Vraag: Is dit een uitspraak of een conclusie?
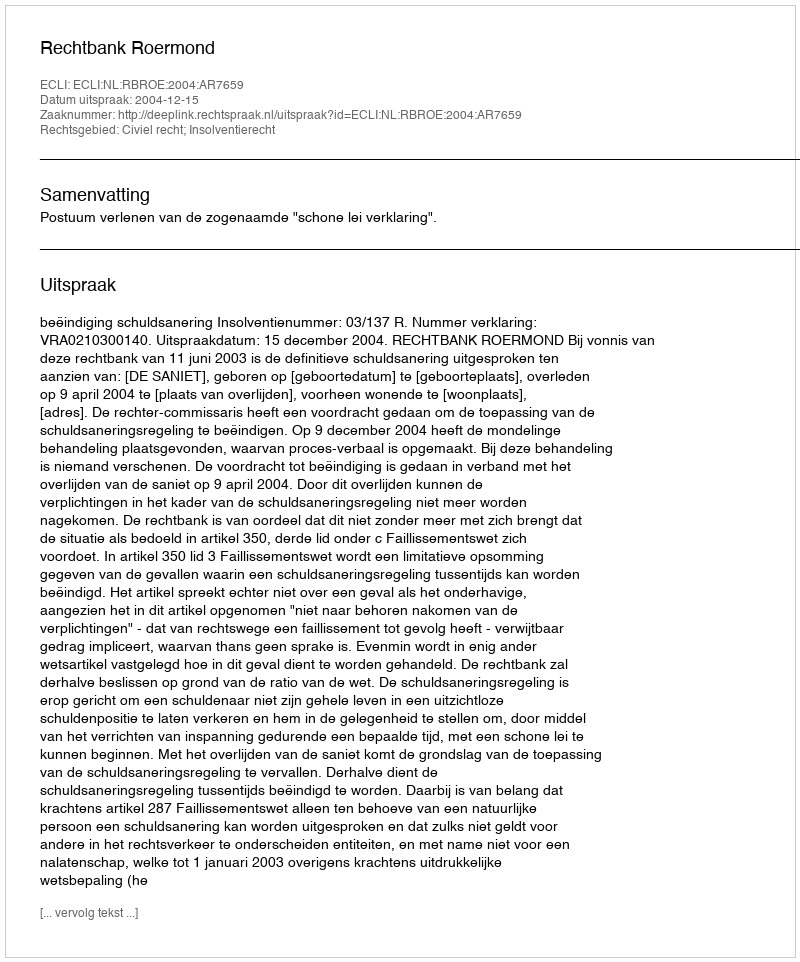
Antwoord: Uitspraak